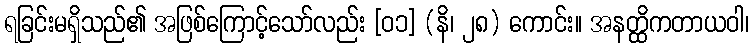
ရခြင်းမရှိသည်၏ အဖြစ်ကြောင့်သော်လည်း [ဝ၁] (နိ၊ ၂၈) ကောင်း။ အနတ္ထိကတာယဝါ၊